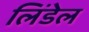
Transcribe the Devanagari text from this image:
लिंडेल